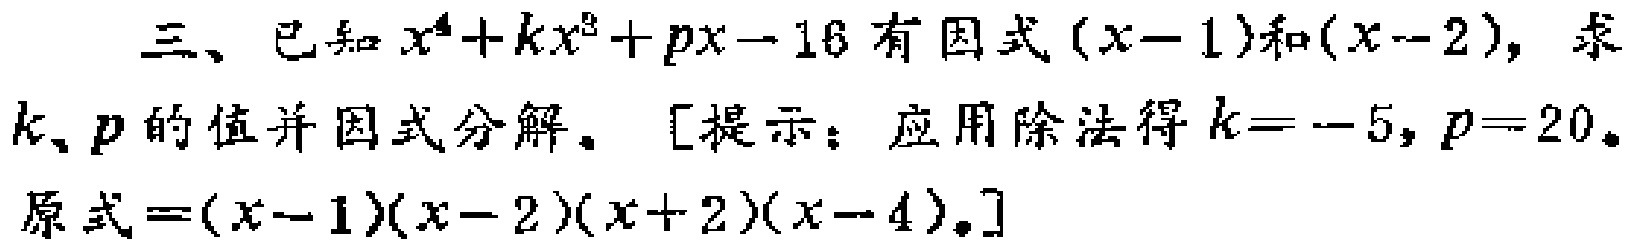
三、已知\(x^{4}+kx^{3}+px - 16\)有因式\((x - 1)\)和\((x - 2)\)，求\(k、p\)的值并因式分解。[提示：应用除法得\(k = - 5\)，\(p = 20\)。原式\(=(x - 1)(x - 2)(x + 2)(x - 4)\)。]